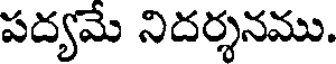
పద్యమే నిదర్శనము.